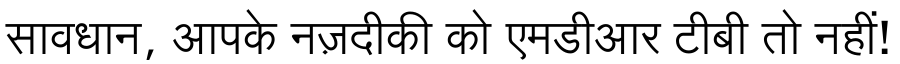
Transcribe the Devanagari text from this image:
सावधान, आपके नज़दीकी को एमडीआर टीबी तो नहीं!